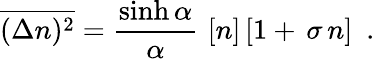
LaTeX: \overline{{{(\Delta n)^{2}}}}=\frac{\sinh\alpha}{\alpha}\, \, [n]\, [1+\, \sigma\, n]\ \ .